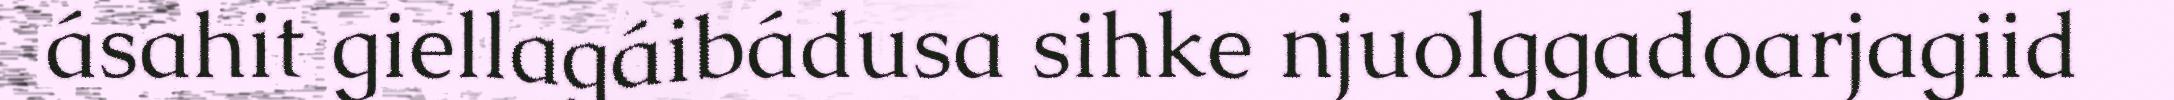
ásahit giellagáibádusa sihke njuolggadoarjagiid